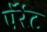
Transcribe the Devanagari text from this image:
पॅरेंट